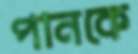
পানকে